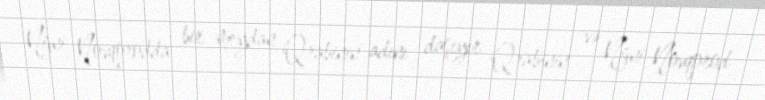
Nijni Novqorodda bir meydan Qrabinin adını daşıyır Qrabinin və Nijni Novqorod